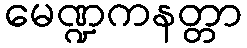
မေဏ္ဍကနတ္တာ